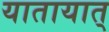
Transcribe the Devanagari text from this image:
यातायात्